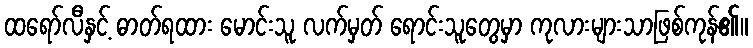
ထရော်လီနှင့် ဓာတ်ရထား မောင်းသူ လက်မှတ် ရောင်းသူတွေမှာ ကုလားများသာဖြစ်ကုန်၏။